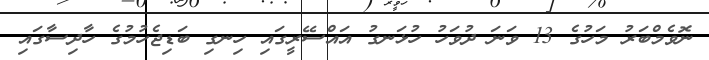
ނޮވެމްބަރު މަހުގެ 13 ވަނަ ދުވަހު ހުޅަނގު އައްސޭރީގައި ހިނގި ބަޑިޖެހުމުގެ ހާދިސާގައި